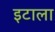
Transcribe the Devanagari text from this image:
इटाला